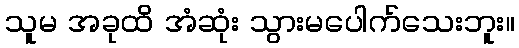
သူမ အခုထိ အံဆုံး သွားမပေါက်သေးဘူး။